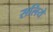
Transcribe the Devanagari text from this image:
सलिये